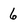
Character: 6